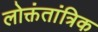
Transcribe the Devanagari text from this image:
लोक्तंतांत्रिक